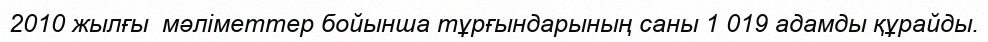
2010 жылғы  мәліметтер бойынша тұрғындарының саны 1 019 адамды құрайды.